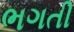
ભગતી